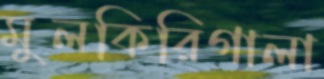
মুলকিরিগালা